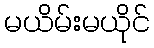
မယိမ်းမယိုင်